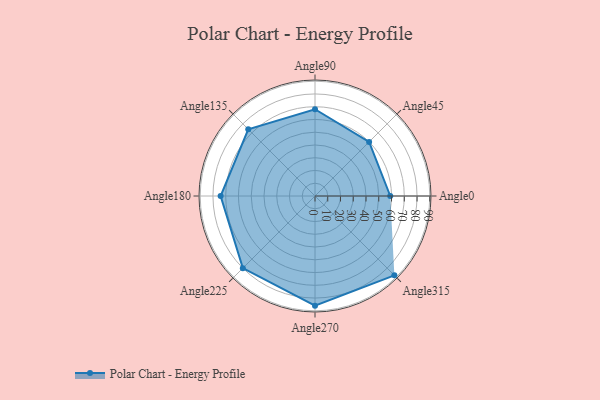
{"axis": {"x": "Angle", "y": "Radius"}, "legend": [""], "data": [{"x": "Angle0", "y": 59.0, "type": ""}, {"x": "Angle45", "y": 60.0, "type": ""}, {"x": "Angle90", "y": 68.0, "type": ""}, {"x": "Angle135", "y": 74.0, "type": ""}, {"x": "Angle180", "y": 74.0, "type": ""}, {"x": "Angle225", "y": 80.0, "type": ""}, {"x": "Angle270", "y": 86.0, "type": ""}, {"x": "Angle315", "y": 88.0, "type": ""}]}